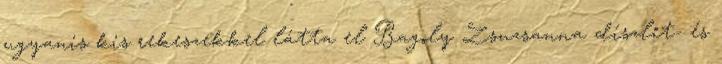
ugyanis kis rekeszekkel látta el Bagoly Zsuzsanna díszlet- és